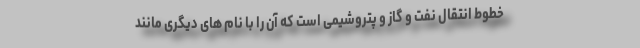
خطوط انتقال نفت و گاز و پتروشیمی است که آن را با نام های دیگری مانند